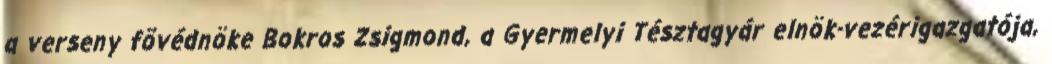
a verseny fõvédnöke Bokros Zsigmond, a Gyermelyi Tésztagyár elnök-vezérigazgatója,